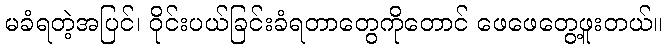
မခံရတဲ့အပြင်၊ ဝိုင်းပယ်ခြင်းခံရတာတွေကိုတောင် ဖေဖေတွေ့ဖူးတယ်။